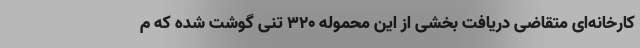
کارخانه‌ای متقاضی دریافت بخشی از این محموله ۳۲۰ تنی گوشت شده که م